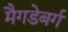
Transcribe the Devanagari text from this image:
मैगडेबर्ग